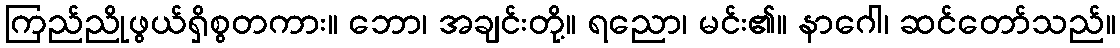
ကြည်ညိုဖွယ်ရှိစွတကား။ ဘော၊ အချင်းတို့။ ရညော၊ မင်း၏။ နာဂေါ၊ ဆင်တော်သည်။